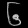
Digit: ၆